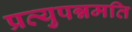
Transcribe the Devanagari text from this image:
प्रत्युपन्नमति